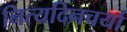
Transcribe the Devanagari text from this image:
नित्यदिनचर्या